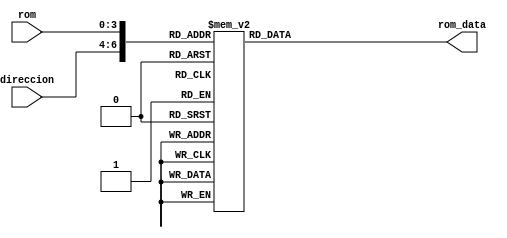
module Almacenamiento(direccion,rom, rom_data);

input wire  [2:0]direccion; // Direccion de celdas (direccion) y de direccion en la celda de memoria (rom)
input wire  [3:0]rom;

output reg  [7:0]rom_data; // Datos de salida 

wire [7:0]rom_addr = {1'b0,direccion,rom};

always @(*) // Se ejecuta cada vez que se cabia la direccion ingresada 
begin
	case (rom_addr) // Dependiendo del lugar de memoria que se esta empleando se envia un bus de datos 

	8'h00 : rom_data <= 8'b00000000;
	8'h01 : rom_data <= 8'b00000000;
	8'h02 : rom_data <= 8'b00000000;
	8'h03 : rom_data <= 8'b00000000;
	8'h04 : rom_data <= 8'b00000000;
	8'h05 : rom_data <= 8'b00000000;
	8'h06 : rom_data <= 8'b00000000; //Espacio
	8'h07 : rom_data <= 8'b00000000;
	8'h08 : rom_data <= 8'b00000000;
	8'h09 : rom_data <= 8'b00000000;
	8'h0a : rom_data <= 8'b00000000;
	8'h0b : rom_data <= 8'b00000000;
	8'h0c : rom_data <= 8'b00000000;
	8'h0d : rom_data <= 8'b00000000;
	8'h0e : rom_data <= 8'b00000000;
	8'h0f : rom_data <= 8'b00000000;
	 
	8'h10 : rom_data <= 8'b00000000;
	8'h11 : rom_data <= 8'b00000000;
	8'h12 : rom_data <= 8'b11111110;
	8'h13 : rom_data <= 8'b11111110;
	8'h14 : rom_data <= 8'b00111000;
	8'h15 : rom_data <= 8'b00111000;
	8'h16 : rom_data <= 8'b00111000; //J
	8'h17 : rom_data <= 8'b00111000;
	8'h18 : rom_data <= 8'b00111000;
	8'h19 : rom_data <= 8'b00111000;
	8'h1a : rom_data <= 8'b00111000;
	8'h1b : rom_data <= 8'b00111000;
	8'h1c : rom_data <= 8'b11110000;
	8'h1d : rom_data <= 8'b11110000;
	8'h1e : rom_data <= 8'b00000000;
	8'h1f : rom_data <= 8'b00000000;

	8'h20 : rom_data <= 8'b00000000;
	8'h21 : rom_data <= 8'b00000000;
	8'h22 : rom_data <= 8'b11000110;
	8'h23 : rom_data <= 8'b11000110;
	8'h24 : rom_data <= 8'b11000110;
	8'h25 : rom_data <= 8'b11000110;
	8'h26 : rom_data <= 8'b11000110; //V
	8'h27 : rom_data <= 8'b11000110;
	8'h28 : rom_data <= 8'b11000110;
	8'h29 : rom_data <= 8'b01101100;
	8'h2a : rom_data <= 8'b01101100;
	8'h2b : rom_data <= 8'b01101100;
	8'h2c : rom_data <= 8'b00111000;
	8'h2d : rom_data <= 8'b00010000;
	8'h2e : rom_data <= 8'b00000000;
	8'h2f : rom_data <= 8'b00000000;

	8'h30 : rom_data <= 8'b00000000;
	8'h31 : rom_data <= 8'b00000000;
	8'h32 : rom_data <= 8'b10000010;
	8'h33 : rom_data <= 8'b11000110;
	8'h34 : rom_data <= 8'b11000110;
	8'h35 : rom_data <= 8'b11000110;
	8'h36 : rom_data <= 8'b11000110; //M
	8'h37 : rom_data <= 8'b11101110;
	8'h38 : rom_data <= 8'b11111110;
	8'h39 : rom_data <= 8'b11010110;
	8'h3a : rom_data <= 8'b11010110;
	8'h3b : rom_data <= 8'b11000110;
	8'h3c : rom_data <= 8'b11000110;
	8'h3d : rom_data <= 8'b00000000;
	8'h3e : rom_data <= 8'b00000000;
	8'h3f : rom_data <= 8'b00000000;

	8'h40 : rom_data <= 8'b00000000;
	8'h41 : rom_data <= 8'b00000000;
	8'h42 : rom_data <= 8'b11111100;
	8'h43 : rom_data <= 8'b11000110;
	8'h44 : rom_data <= 8'b11000010;
	8'h45 : rom_data <= 8'b11000010;
	8'h46 : rom_data <= 8'b11000100; //B
	8'h47 : rom_data <= 8'b11111000;
	8'h48 : rom_data <= 8'b11111000;
	8'h49 : rom_data <= 8'b11000100;
	8'h4a : rom_data <= 8'b11000010;
	8'h4b : rom_data <= 8'b11000010;
	8'h4c : rom_data <= 8'b11000110;
	8'h4d : rom_data <= 8'b11111110;
	8'h4e : rom_data <= 8'b00000000;
	8'h4f : rom_data <= 8'b00000000;

	8'h50 : rom_data <= 8'b00000000;
	8'h51 : rom_data <= 8'b00000000;
	8'h52 : rom_data <= 8'b01111110;
	8'h53 : rom_data <= 8'b11111110;
	8'h54 : rom_data <= 8'b11100000;
	8'h55 : rom_data <= 8'b11100000;
   8'h56 : rom_data <= 8'b01111000; //S	
	8'h57 : rom_data <= 8'b00111100;
	8'h58 : rom_data <= 8'b00001110;
	8'h59 : rom_data <= 8'b00000110;
	8'h5a : rom_data <= 8'b00000110;
	8'h5b : rom_data <= 8'b00000110;
	8'h5c : rom_data <= 8'b11111110;
	8'h5d : rom_data <= 8'b11111100;
	8'h5e : rom_data <= 8'b00000000;
	8'h5f : rom_data <= 8'b00000000;

	8'h60 : rom_data <= 8'b00000000;
	8'h61 : rom_data <= 8'b00000000;
	8'h62 : rom_data <= 8'b11000000;
	8'h63 : rom_data <= 8'b11000000;
	8'h64 : rom_data <= 8'b11000000;
	8'h65 : rom_data <= 8'b11000000;
	8'h66 : rom_data <= 8'b11000000; //L
	8'h67 : rom_data <= 8'b11000000;
	8'h68 : rom_data <= 8'b11000000;
	8'h69 : rom_data <= 8'b11000000;
	8'h6a : rom_data <= 8'b11000000;
	8'h6b : rom_data <= 8'b11000000;
	8'h6c : rom_data <= 8'b11111110;
	8'h6d : rom_data <= 8'b11111110;
	8'h6e : rom_data <= 8'b00000000;
	8'h6f : rom_data <= 8'b00000000;

	default : rom_data <= 8'b00000000;        //En caso de que se use una celda de memoria no especificada se envian ceros a la salida 
	endcase
end
endmodule